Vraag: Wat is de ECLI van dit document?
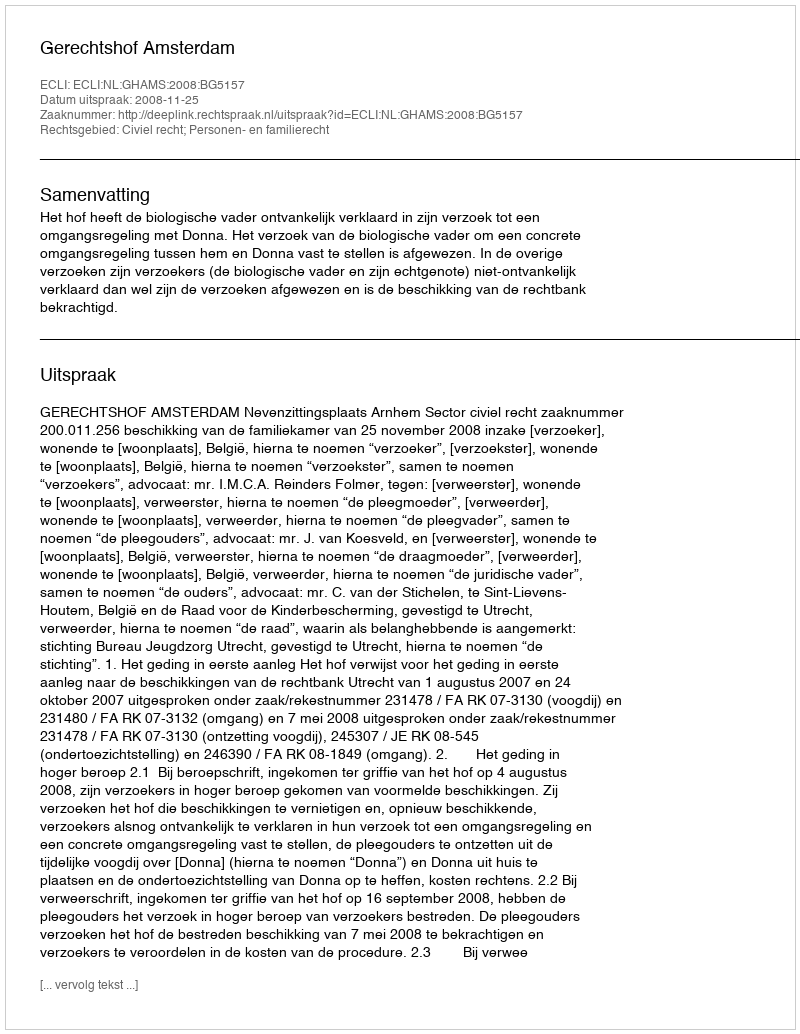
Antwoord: ECLI:NL:GHAMS:2008:BG5157